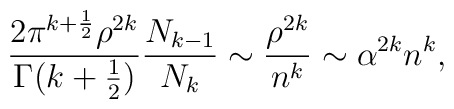
\frac{2\pi^{k+\frac{1}{2}}\rho^{2k}}{\Gamma(k+\frac{1}{2})}\frac{N_{k-1}}{N_{k}}\sim \frac{\rho^{2k}}{n^{k}} \sim \alpha^{2k}n^{k},